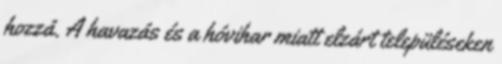
hozzá. A havazás és a hóvihar miatt elzárt településeken